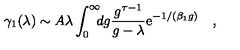
\gamma _ { 1 } ( \lambda ) \sim A \lambda \int _ { 0 } ^ { \infty } \! \! \! d g { \frac { g ^ { \tau - 1 } } { g - \lambda } } \mathrm { e } ^ { - 1 / ( \beta _ { 1 } g ) } \quad ,